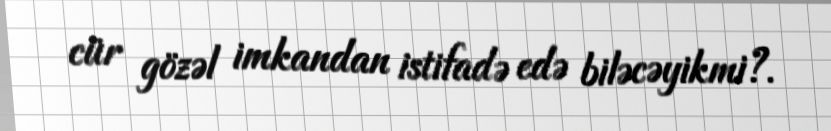
cür gözəl imkandan istifadə edə biləcəyikmi?.